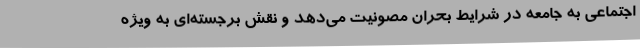
اجتماعی به جامعه در شرایط بحران مصونیت می‌دهد و نقش برجسته‌ای به ویژه